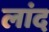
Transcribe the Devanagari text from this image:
लांद